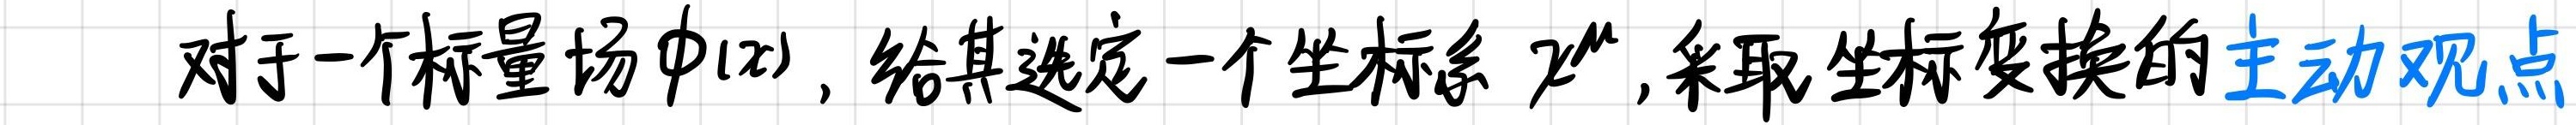
对于一个标量场$\phi(x)$，给其选定一个坐标系$x^{\mu}$，采取坐标变换的主动观点